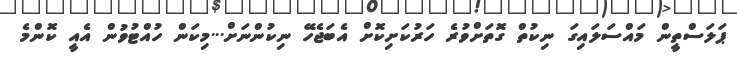
ޕަލަސްތީން މައްސަލައިގަ ނިކުތް ގޮތަށްވުރެ ހަރުކަށިކޮށް އެބަޖެހޭ ނިކުންނަށް...މިކަން ހުއްޓުވުން އެއީ ކޮންމެ